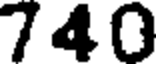
740